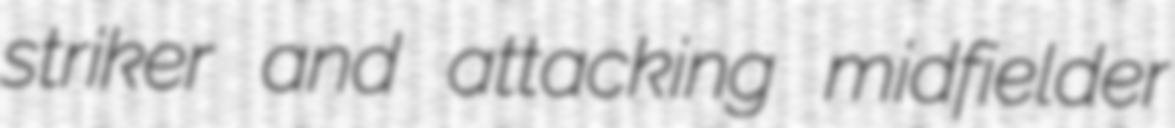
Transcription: striker and attacking midfielder